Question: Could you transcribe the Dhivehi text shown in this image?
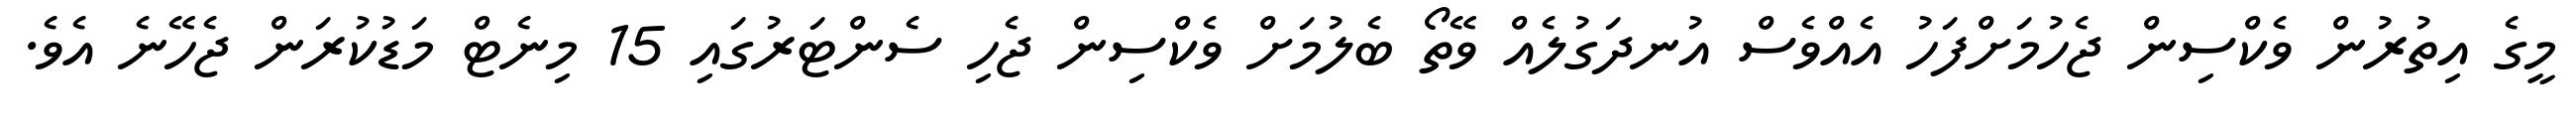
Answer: މީގެ އިތުރުން ވެކްސިން ޖެހުމަށްފަހު އެއްވެސް އުނދަގުލެއް ވޭތޯ ބެލުމަށް ވެކްސިން ޖެހި ސެންޓަރުގައި 15 މިނެޓް މަޑުކުރަން ޖެހޭނެ އެވެ.